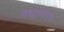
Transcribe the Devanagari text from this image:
विद्युतधारेचे